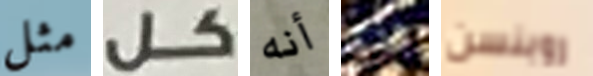
مثل كل أنه الذي روبنسن